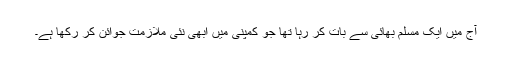
آج میں ایک مسلم بھائی سے بات کر رہا تھا جو کمپنی میں ابھی نئی ملازمت جوائن کر رکھا ہے۔